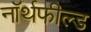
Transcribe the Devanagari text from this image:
नॉर्थफील्ड